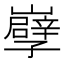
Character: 𡾤